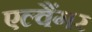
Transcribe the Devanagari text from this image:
एल्वैंगर